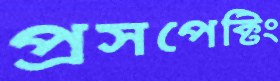
প্রসপেক্টিং